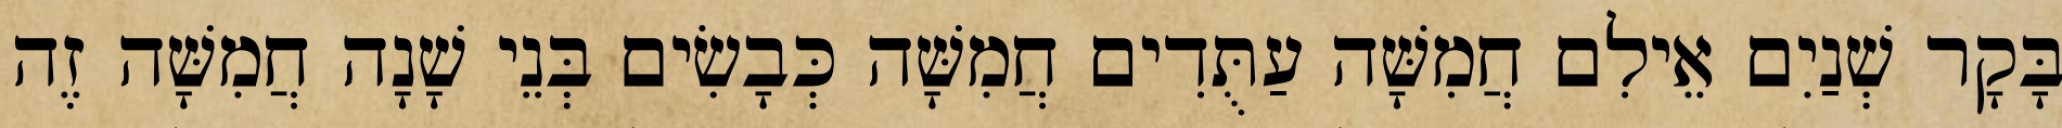
בָּקָר שְׁנַיִם אֵילִם חֲמִשָּׁה עַתֻּדִים חֲמִשָּׁה כְּבָשִׂים בְּנֵי שָׁנָה חֲמִשָּׁה זֶה